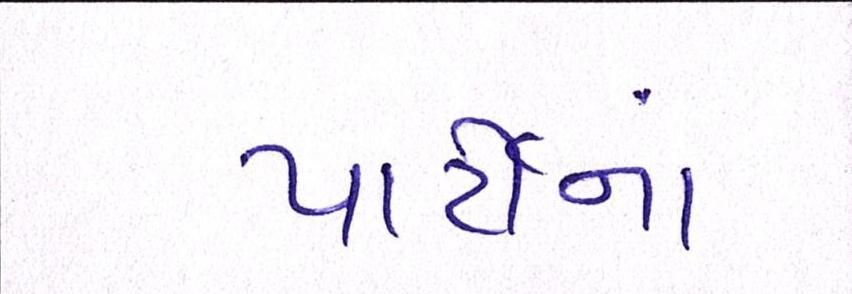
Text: પાર્ટીનાં